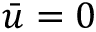
\bar { u } = 0